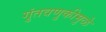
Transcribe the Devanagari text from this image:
गुंतवणुकीमुळे